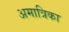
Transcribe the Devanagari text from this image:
अमात्रिका